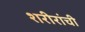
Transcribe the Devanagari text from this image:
शरीरांची